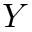
Y